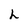
Character: h